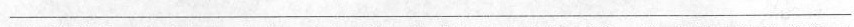
___